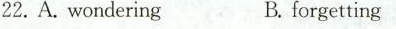
22.A. wondering B. forgetting